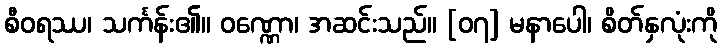
စီဝရဿ၊ သင်္ကန်း၏။ ဝဏ္ဏော၊ အဆင်းသည်။ [၀၇] မနာပေါ၊ စိတ်နှလုံးကို